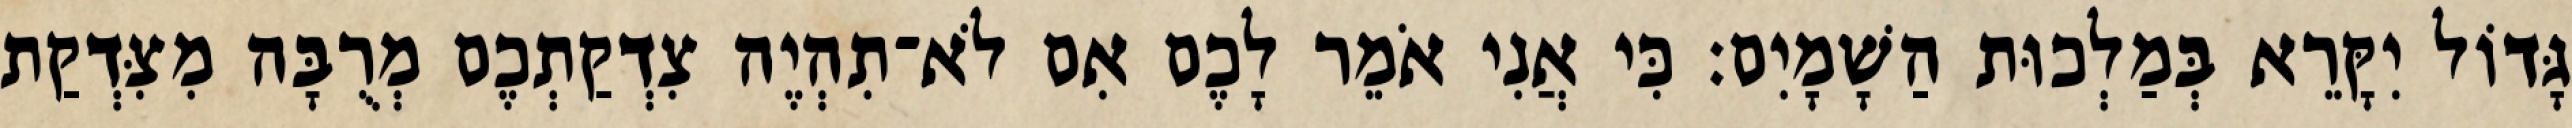
גָּדוֹל יִקָּרֵא בְּמַלְכוּת הַשָׁמָיִם׃ כִּי אֲנִי אֹמֵר לָכֶם אִם לֹא־תִהְיֶה צִדְקַתְכֶם מְרֻבָּה מִצִּדְקַת